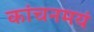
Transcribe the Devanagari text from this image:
कांचनमयं